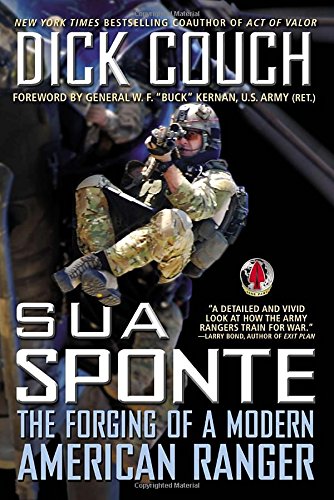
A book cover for Sua Sponte: The Forging of a Modern American Ranger; Dick Couch; History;